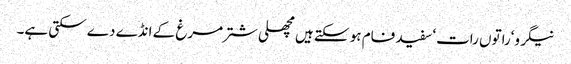
نیگرو‘راتوں رات‘ سفید فام ہو سکتے ہیں مچھلی شتر مرغ کے انڈے دے سکتی ہے۔